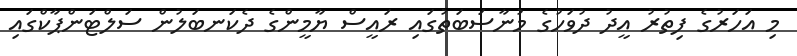
މި އަހަރުގެ ފިތުރު އީދު ދުވަހުގެ މުނާސަބަތުގައި ރައީސް ޔާމީންގެ ދެކަނބަލުން ސަލްޓަންޕާކްގައި